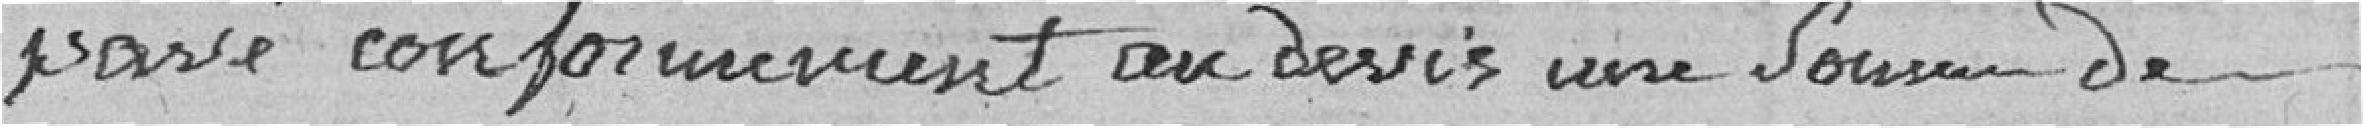
passé conformément au devis une somme de